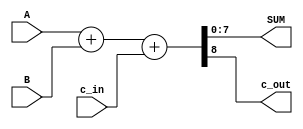
`timescale 1ns / 1ps
//////////////////////////////////////////////////////////////////////////////////
// Company: 
// 
// Design Name: 
// Module Name: add_inferred
// Project Name: 
// Target Devices: 
// Tool Versions: 
// Description: 
// 
// Dependencies: 
// 
// Revision:
// Revision 0.01 - File Created
// Additional Comments:
// 
//////////////////////////////////////////////////////////////////////////////////


module add_inferred(
input [7:0] A, B,
input c_in,
output reg [7:0] SUM,
output reg c_out
);
always @ (*)
        {c_out,SUM} = {1'b0,A} + {1'b0,B} + {1'b0,c_in};
endmodule